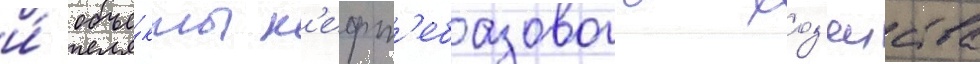
и́ объе́кты н'ефт'ебазового хоз'яиства